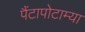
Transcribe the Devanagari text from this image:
पैंटापोटाम्या